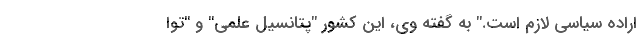
اراده سیاسی لازم است." به گفته وی، این کشور "پتانسیل علمی" و "توا